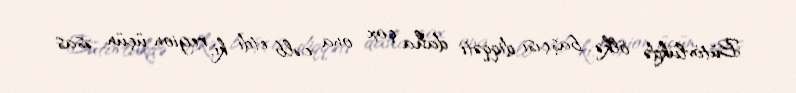
Bütövlükdə ölkə başçısı diqqəti daha çox ona cəlb etdi ki, region üçün əsas